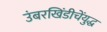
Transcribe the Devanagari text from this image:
उंबरखिंडीचेंयुद्ध